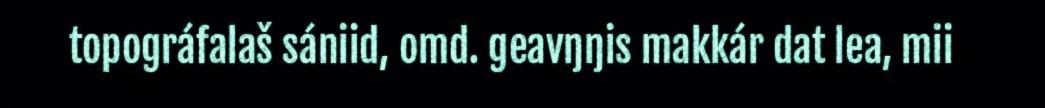
topográfalaš sániid, omd. geavŋŋis makkár dat lea, mii